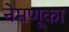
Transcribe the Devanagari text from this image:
नेमणूका